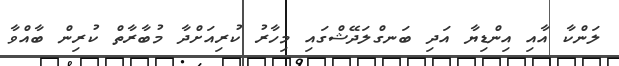
ލަންކާ އާއި އިންޑިޔާ އަދި ބަނގްލަދޭޝްގައި މިހާރު ކުރިއަށްދާ މުބާރާތް ކުރިން ބާއްވާ